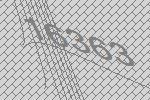
16363